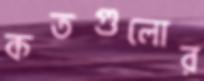
কতগুলোর